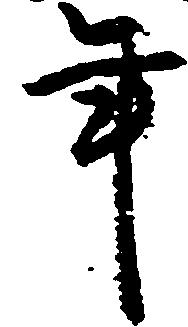
年